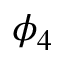
\phi _ { 4 }